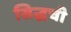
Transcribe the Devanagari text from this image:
सिद्धची